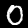
Label: 0